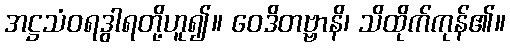
အဋ္ဌသံဝရဒွါရတို့ဟူ၍။ ဝေဒိတဗ္ဗာနိ၊ သိထိုက်ကုန်၏။